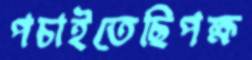
পচাইতেছিপক্ষ